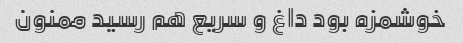
خوشمزه بود داغ و سریع هم رسید ممنون